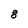
Character: 8